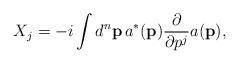
LaTeX: \begin{align*}X_j&=-i\int d^n \mathbf{p}\, {a}^*(\textbf{p}) \frac{\partial}{\partial p^j} {a}(\textbf{p}),\end{align*}